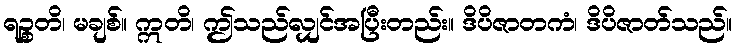
ရဉ္စတိ၊ မချစ်။ ဣတိ၊ ဤသည်လျှင်အပြီးတည်း။ ဒိပိဇာတကံ၊ ဒိပိဇာတ်သည်။